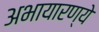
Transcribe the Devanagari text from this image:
अभायारण्ये